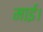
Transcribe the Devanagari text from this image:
माई।